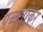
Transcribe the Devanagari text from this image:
पळसोकर